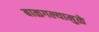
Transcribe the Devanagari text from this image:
बाळगल्यामुळे